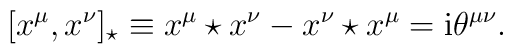
[x^\mu ,x^\nu ]_\star \equiv x^\mu \star x^\nu -x^\nu \star x^\mu = \mathrm{i} \theta^{\mu\nu} .